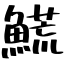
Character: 𩺊